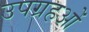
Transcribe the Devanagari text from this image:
उपग्रहओं